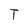
Character: T